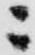
ニ